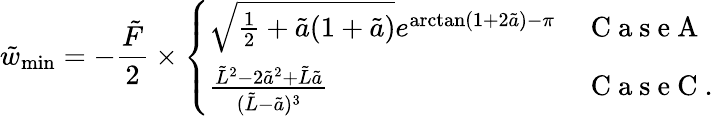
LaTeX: \tilde{w}_{\mathrm{min}}=-\frac{\tilde{F}}{2}\times\left\{ \begin{array}{ll}{\sqrt{\frac{1}{2}+\tilde{a}(1+\tilde{a})}e^{\arctan(1+2\tilde{a})-\pi}}&{\mathrm{~C~a~s~e~A~}}\\ {\frac{\tilde{L}^{2}-2\tilde{a}^{2}+\tilde{L}\tilde{a}}{(\tilde{L}-\tilde{a})^{3}}}&{\mathrm{~C~a~s~e~C~.~}}\end{array}\right.